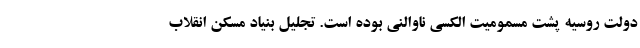
دولت روسیه پشت مسمومیت الکسی ناوالنی بوده است. تجلیل بنیاد مسکن انقلاب